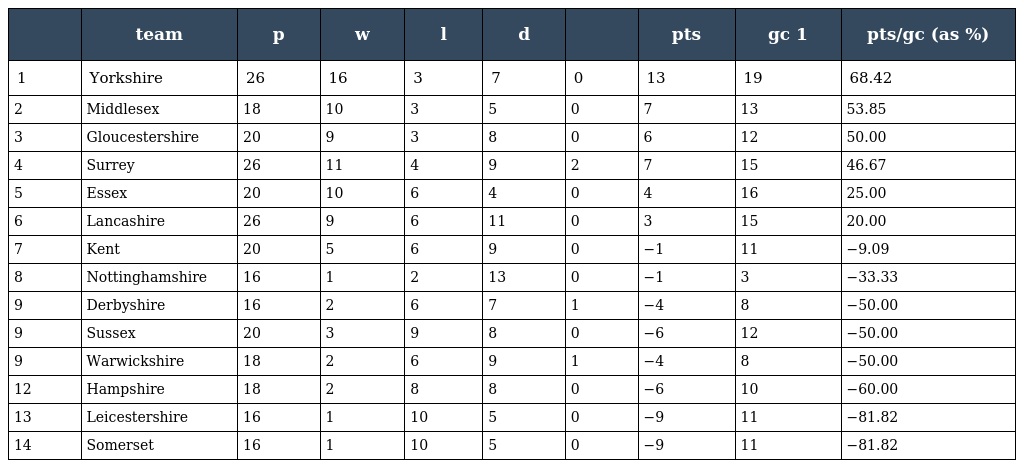
|  | team | p | w | l | d |  | pts | gc 1 | pts/gc (as %) |
 | --- | --- | --- | --- | --- | --- | --- | --- | --- | --- |
 | 1 | Yorkshire | 26 | 16 | 3 | 7 | 0 | 13 | 19 | 68.42 |
 | 2 | Middlesex | 18 | 10 | 3 | 5 | 0 | 7 | 13 | 53.85 |
 | 3 | Gloucestershire | 20 | 9 | 3 | 8 | 0 | 6 | 12 | 50.00 |
 | 4 | Surrey | 26 | 11 | 4 | 9 | 2 | 7 | 15 | 46.67 |
 | 5 | Essex | 20 | 10 | 6 | 4 | 0 | 4 | 16 | 25.00 |
 | 6 | Lancashire | 26 | 9 | 6 | 11 | 0 | 3 | 15 | 20.00 |
 | 7 | Kent | 20 | 5 | 6 | 9 | 0 | −1 | 11 | −9.09 |
 | 8 | Nottinghamshire | 16 | 1 | 2 | 13 | 0 | −1 | 3 | −33.33 |
 | 9 | Derbyshire | 16 | 2 | 6 | 7 | 1 | −4 | 8 | −50.00 |
 | 9 | Sussex | 20 | 3 | 9 | 8 | 0 | −6 | 12 | −50.00 |
 | 9 | Warwickshire | 18 | 2 | 6 | 9 | 1 | −4 | 8 | −50.00 |
 | 12 | Hampshire | 18 | 2 | 8 | 8 | 0 | −6 | 10 | −60.00 |
 | 13 | Leicestershire | 16 | 1 | 10 | 5 | 0 | −9 | 11 | −81.82 |
 | 14 | Somerset | 16 | 1 | 10 | 5 | 0 | −9 | 11 | −81.82 |